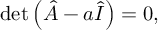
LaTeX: \operatorname* { d e t } \left( { \hat { A } } - a { \hat { I } } \right) = 0 ,